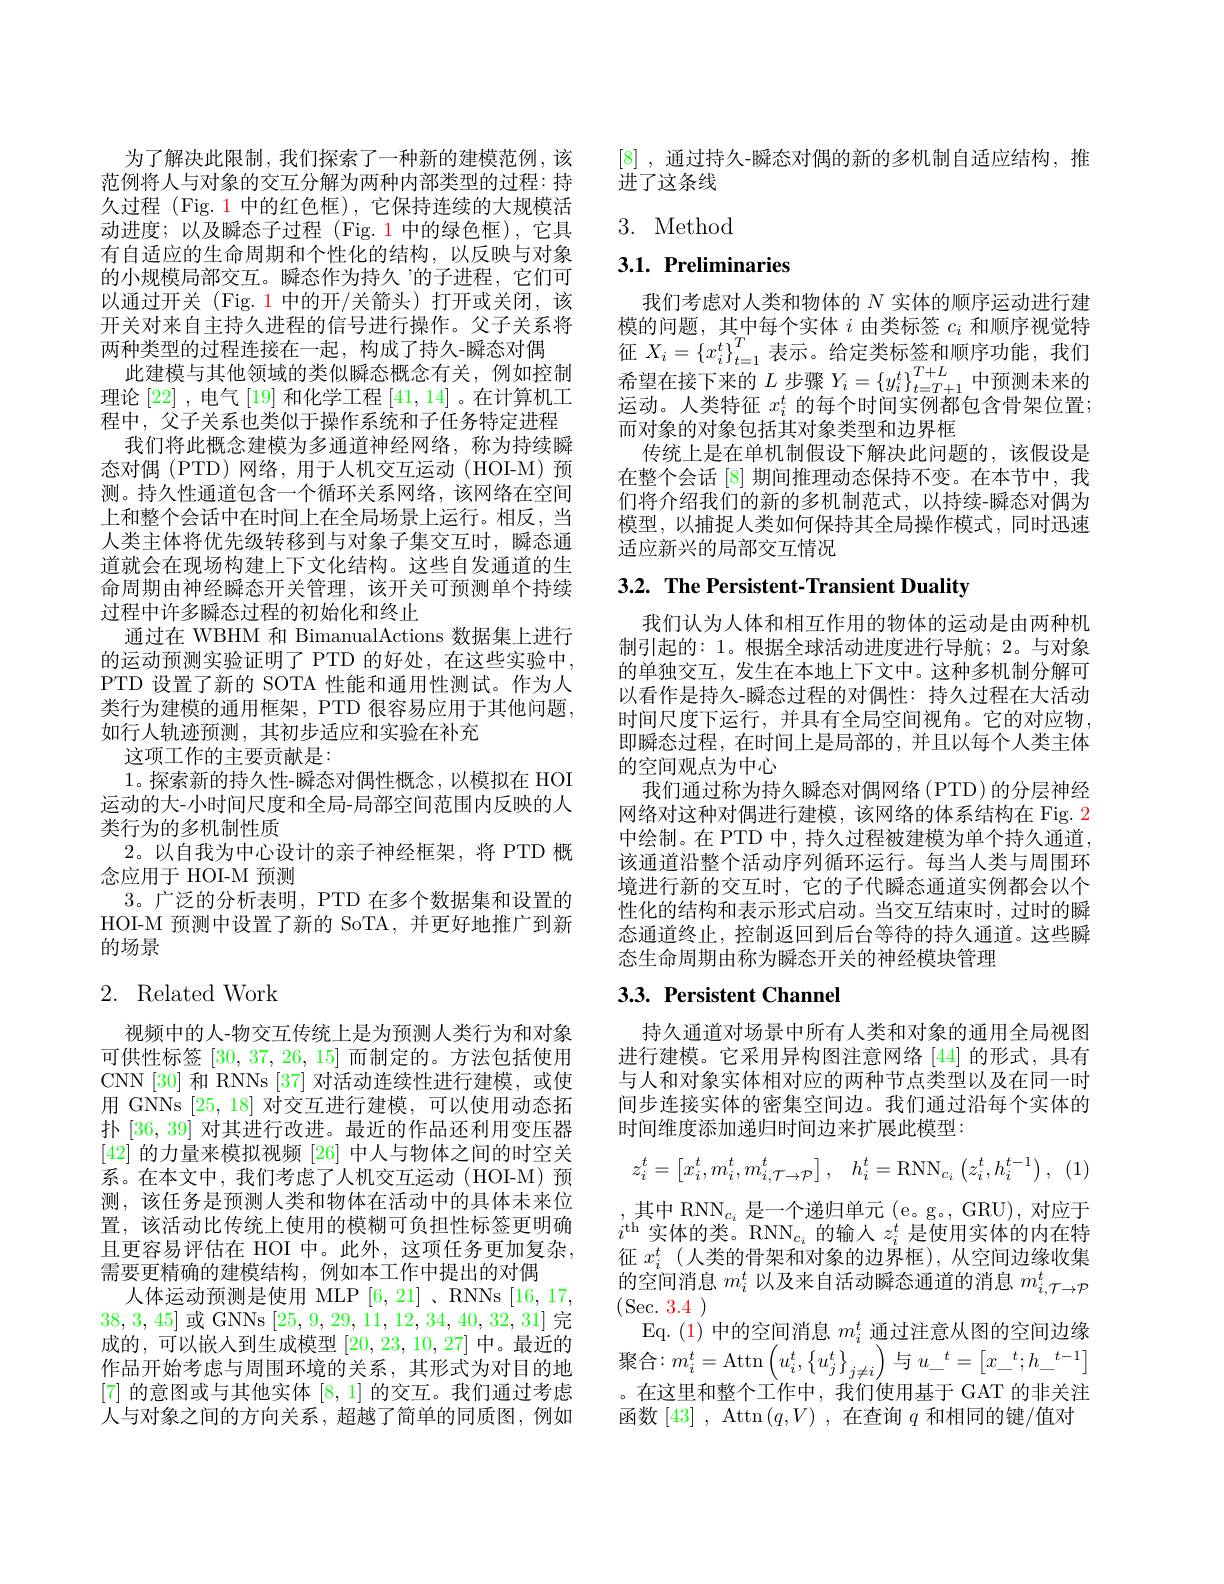
为了解决此限制，我们探索了一种新的建模范例，该范例将人与对象的交互分解为两种内部类型的过程：持久过程 (Fig. 1 中的红色框),它保持连续的大规模活动进度；以及瞬态子过程(Fig.1中的绿色框),它具有自适应的生命周期和个性化的结构，以反映与对象的小规模局部交互。瞬态作为持久”的子进程，它们可以通过开关 (Fig. 1 中的开/关箭头)打开或关闭，该开关对来自主持久进程的信号进行操作。父子关系将两种类型的过程连接在一起，构成了持久-瞬态对偶
此建模与其他领域的类似瞬态概念有关，例如控制理论[22] ,电气[19]和化学工程[41,14] 。在计算机工程中，父子关系也类似于操作系统和子任务特定进程
我们将此概念建模为多通道神经网络，称为持续瞬态对偶(PTD)网络，用于人机交互运动(HOI-M)预测。持久性通道包含一个循环关系网络，该网络在空间上和整个会话中在时间上在全局场景上运行。相反，当人类主体将优先级转移到与对象子集交互时，瞬态通道就会在现场构建上下文化结构。这些自发通道的生命周期由神经瞬态开关管理，该开关可预测单个持续过程中许多瞬态过程的初始化和终止
通过在 WBHM 和 BimanualActions 数据集上进行的运动预测实验证明了 PTD 的好处，在这些实验中， PTD 设置了新的 SOTA 性能和通用性测试。作为人类行为建模的通用框架，PTD 很容易应用于其他问题， 如行人轨迹预测，其初步适应和实验在补充
这项工作的主要贡献是：
1。探索新的持久性-瞬态对偶性概念，以模拟在 HOI 运动的大-小时间尺度和全局-局部空间范围内反映的人类行为的多机制性质
2。以自我为中心设计的亲子神经框架，将 PTD 概
念应用于 HOI-M 预测
3。广泛的分析表明，PTD 在多个数据集和设置的HOI- M 预测中设置了新的 SoTA,并更好地推广到新的场景
2. Related Work

视频中的人-物交互传统上是为预测人类行为和对象可供性标签[30,37,26,15]而制定的。方法包括使用CNN [30] 和 RNNs [37] 对活动连续性进行建模，或使用 GNNs [25,18]对交互进行建模，可以使用动态拓扑[36,39]对其进行改进。最近的作品还利用变压器[42]的力量来模拟视频 [26] 中人与物体之间的时空关系。在本文中，我们考虑了人机交互运动(HOI-M)预测，该任务是预测人类和物体在活动中的具体未来位置，该活动比传统上使用的模糊可负担性标签更明确且更容易评估在 HOI 中。此外，这项任务更加复杂， 需要更精确的建模结构，例如本工作中提出的对偶
人体运动预测是使用 MLP [6,21] 、RNNs [16,17, 38,3,45]或 GNNs [25,9,29,11,12,34,40,32,31]完成的，可以嵌入到生成模型[20,23,10,27]中。最近的作品开始考虑与周围环境的关系，其形式为对目的地[7] 的意图或与其他实体[8,1]的交互。我们通过考虑人与对象之间的方向关系，超越了简单的同质图，例如

[8] ,通过持久-瞬态对偶的新的多机制自适应结构，推
进了这条线

## 3. Method

## 3.1. Preliminaries

我们考虑对人类和物体的$N$实体的顺序运动进行建模的问题，其中每个实体$i$由类标签$c_i$和顺序视觉特征$X_i=\left\{x_i^t\right\}_{t=1}^T$表示。给定类标签和顺序功能，我们希望在接下来的$L$步骤$Y_i=\left\{y_{i}^{t}\right\}_{t=T+1}^{T+L}$中预测未来的运动。人类特征$x_i^t$的每个时间实例都包含骨架位置； 而对象的对象包括其对象类型和边界框
传统上是在单机制假设下解决此问题的，该假设是在整个会话 [8] 期间推理动态保持不变。在本节中，我们将介绍我们的新的多机制范式，以持续-瞬态对偶为模型，以捕捉人类如何保持其全局操作模式，同时迅速适应新兴的局部交互情况

## 3.2. The Persistent-Transient Duality

我们认为人体和相互作用的物体的运动是由两种机制引起的：1。根据全球活动进度进行导航；2。与对象的单独交互，发生在本地上下文中。这种多机制分解可以看作是持久-瞬态过程的对偶性：持久过程在大活动时间尺度下运行，并具有全局空间视角。它的对应物， 即瞬态过程，在时间上是局部的，并且以每个人类主体的空间观点为中心
我们通过称为持久瞬态对偶网络(PTD)的分层神经网络对这种对偶进行建模，该网络的体系结构在 Fig. 2中绘制。在 PTD 中，持久过程被建模为单个持久通道， 该通道沿整个活动序列循环运行。每当人类与周围环境进行新的交互时，它的子代瞬态通道实例都会以个性化的结构和表示形式启动。当交互结束时，过时的瞬态通道终止，控制返回到后台等待的持久通道。这些瞬态生命周期由称为瞬态开关的神经模块管理

# 3.3. Persistent Channel

持久通道对场景中所有人类和对象的通用全局视图进行建模。它采用异构图注意网络 [44] 的形式，具有与人和对象实体相对应的两种节点类型以及在同一时间步连接实体的密集空间边。我们通过沿每个实体的时间维度添加递归时间边来扩展此模型：
$$z_{i}^{t}=\begin{bmatrix}x_{i}^{t},m_{i}^{t},m_{i,\mathcal{T}\rightarrow\mathcal{P}}^{t}\end{bmatrix},\quad h_{i}^{t}=\mathrm{RNN}_{c_{i}}\left(z_{i}^{t},h_{i}^{t-1}\right),$$
,其中 RNN$_c_i$ 是一个递归单元 (e。g。, GRU), 对应于$i^\mathrm{th}$实体的类。RNN$_c_i$的输人$z_i^t$是使用实体的内在特征$x_i^t$ (人类的骨架和对象的边界框),从空间边缘收集的空间消息$m_i^t$以及来自活动瞬态通道的消息$m_i,\mathcal{T}\to\mathcal{P}$ (Sec. 3.4)
Eq. (1)中的空间消息$m_i^t$通过注意从图的空间边缘聚合$:m_i^t=\operatorname{Attn}\left(u_i^t,\left\{u_j^t\right\}_{j\neq i}\right)$与$u_-^t=\begin{bmatrix}x_-^t;h_-^{t-1}\end{bmatrix}$ 。在这里和整个工作中，我们使用基于 GAT 的非关注函数[43] , Attn$(q,V)$ ,在查询$q$和相同的键/值对